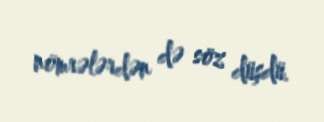
nömrələrdən də söz düşdü.